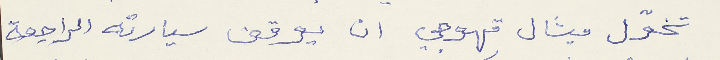
تخوّل ميشال قهوجي ان يوقف سيارته الراجعة